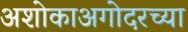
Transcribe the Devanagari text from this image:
अशोकाअगोदरच्या